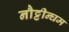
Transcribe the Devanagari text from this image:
नौट्टीन्घम